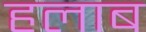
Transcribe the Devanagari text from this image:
हलाब